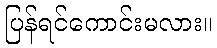
ပြန်ရင်ကောင်းမလား။